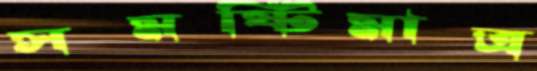
সমষ্টিমাত্র